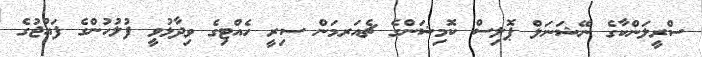
ސްރީލަންކާގެ ނޭޝަނަލް ޕޮލިސް ކޮމިޝަންގެ ޗެއަރމަން ސިރީ ހެއްޓިގެ ވިދާޅުވީ ފުލުހުންގެ ފައުޖުގެ